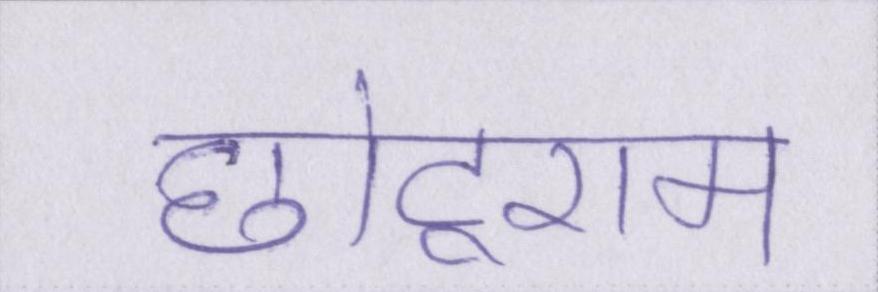
छोटूराम